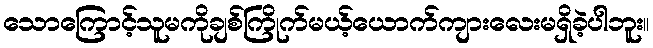
သောကြောင့်သူမကိုချစ်ကြိုက်မယ့်ယောက်ကျားလေးမရှိခဲ့ပါဘူး။